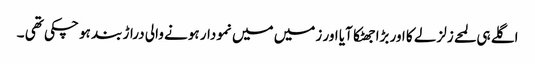
اگلے ہی لمحے زلزلے کا اور بڑا جھٹکا آیا اور زمیں میں نمودار ہونے والی دراڑ بند ہو چکی تھی ۔